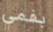
بفمي